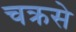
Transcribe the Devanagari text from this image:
चक्रसे